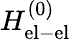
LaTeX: H_{\mathrm{el-el}}^{(0)}